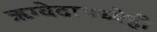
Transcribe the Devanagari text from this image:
ऋग्वेदामध्येही